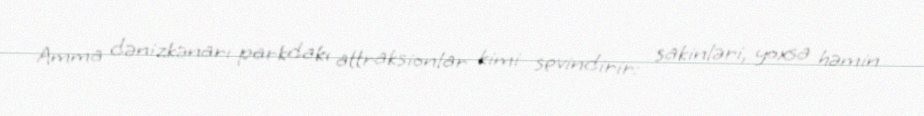
Amma dənizkənarı parkdakı attraksionlar kimi sevindirir: sakinləri, yoxsa həmin